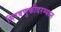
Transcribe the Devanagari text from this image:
मिरवणुकीदरम्यान